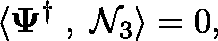
\langle \mathbf { \Psi } ^ { \dagger } \; , \; \mathcal { N } _ { 3 } \rangle = 0 ,